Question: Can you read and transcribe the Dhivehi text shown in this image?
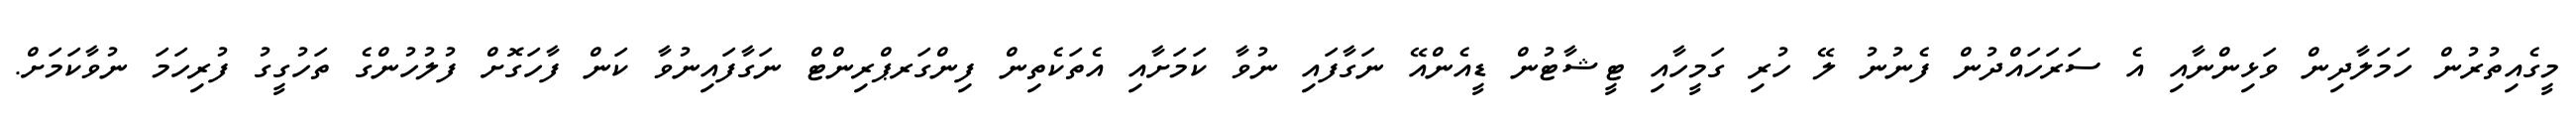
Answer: މީގެއިތުރުން ހަމަލާދިން ވަޅިންނާއި އެ ސަރަހައްދުން ފެނުނު ލޭ ހުރި ގަމީހާއި ޓީޝާޓުން ޑީއެންއޭ ނަގާފައި ނުވާ ކަމަށާއި އެތަކެތިން ފިންގަރޕްރިންޓް ނަގާފައިނުވާ ކަން ފާހަގޮށް ފުލުހުންގެ ތަހުގީގު ފުރިހަމަ ނުވާކަމަށް.